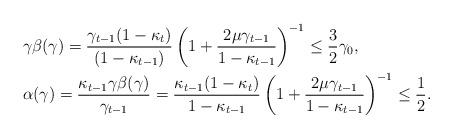
LaTeX: \begin{align*}&\gamma\beta(\gamma)=\frac{\gamma_{t-1}(1-\kappa_t)}{(1-\kappa_{t-1})}\left(1+\frac{2\mu\gamma_{t-1}}{1-\kappa_{t-1}}\right)^{-1}\leq\frac{3}{2}\gamma_0, \\ &\alpha(\gamma)=\frac{\kappa_{t-1}\gamma\beta(\gamma)}{\gamma_{t-1}}=\frac{\kappa_{t-1}(1-\kappa_{t})}{1-\kappa_{t-1}}\left(1+\frac{2\mu\gamma_{t-1}}{1-\kappa_{t-1}}\right)^{-1}\leq\frac{1}{2}. \end{align*}